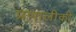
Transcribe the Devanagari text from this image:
प्रणालीकी